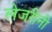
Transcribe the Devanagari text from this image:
लेजरीनी